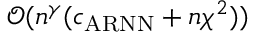
\mathcal { O } ( n ^ { \gamma } ( c _ { \mathrm { A R N N } } + n \chi ^ { 2 } ) )